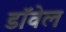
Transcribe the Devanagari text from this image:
डॉवेल